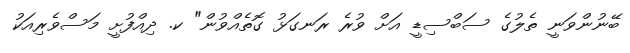
ބޭނުންވަނީ ތެލުގެ ސަބްސިޑީ އަށް ވުރެ ރަނގަޅު ގޮތެއްވުން" ކ. ދިއްފުށީ މަސްވެރިއަކު